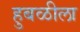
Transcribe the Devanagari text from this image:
हुबळीला